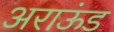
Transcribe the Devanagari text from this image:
अराऊंड